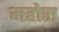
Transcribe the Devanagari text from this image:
महोरा